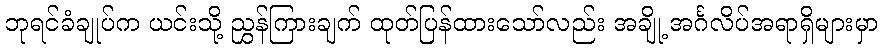
ဘုရင်ခံချုပ်က ယင်းသို့ ညွှန်ကြားချက် ထုတ်ပြန်ထားသော်လည်း အချို့ အင်္ဂလိပ်အရာရှိများမှာ